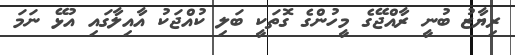
ރިޔާޒު ބުނީ ރާއްޖޭގެ މީހުންގެ ގޮތަކީ ބަލި ކުއްޖަކު އާއިލާގައި އުޅޭ ނަމަ